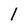
Character: l